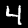
Digit: 4